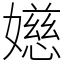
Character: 嬨